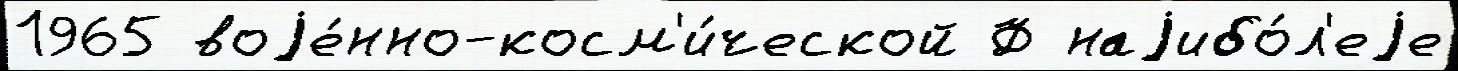
1965 воjе́нно-косм'и́ческой Ф наjибо́л'еjе